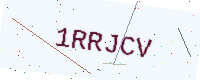
Text: 1RRJCV